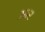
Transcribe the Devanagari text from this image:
आ़र